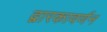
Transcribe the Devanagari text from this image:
द्वारकावर्णन